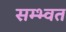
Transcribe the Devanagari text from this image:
सम्भ्वत